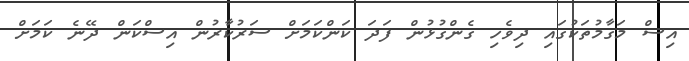
އިސް މަގާމުތަކުގައި ދިވެހި ގެންގުޅުން ފަދަ ކަންކަމަށް ސަރުކާރުން އިސްކަން ދޭނެ ކަމަށް